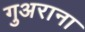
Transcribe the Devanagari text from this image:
गुअराना